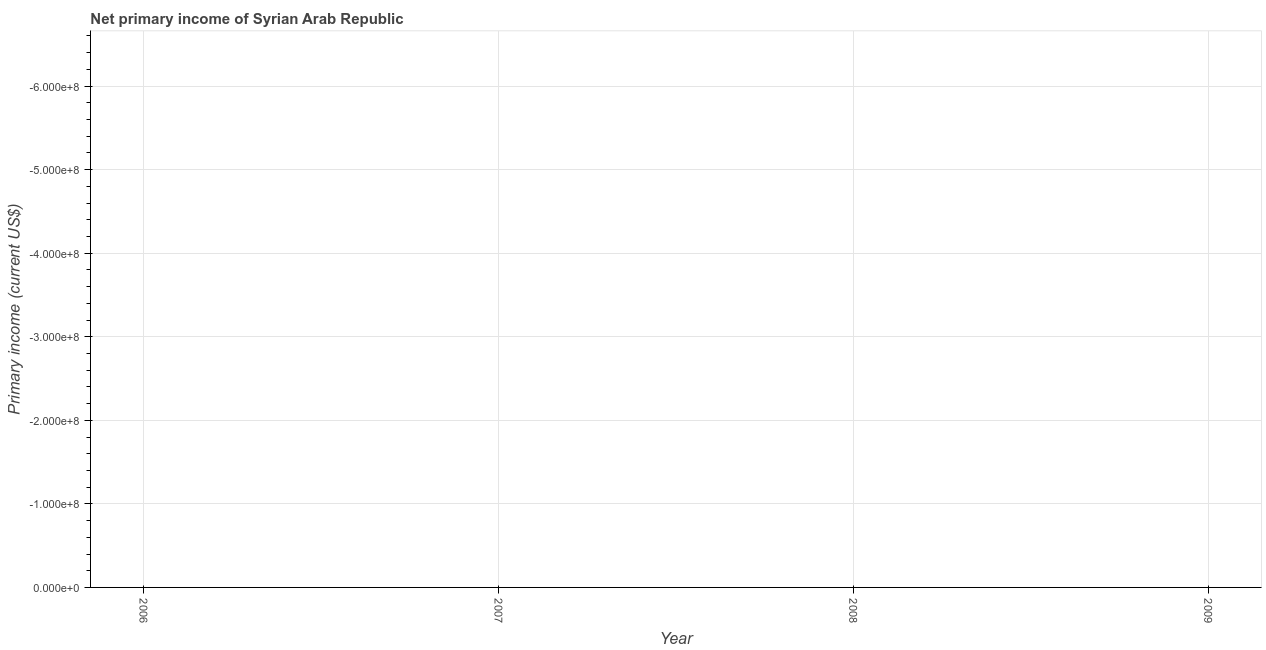
| Year | Net primary income |
 | --- | --- |
 | 2006 | -9.35e+08 |
 | 2007 | -6.89e+08 |
 | 2008 | -1.15e+09 |
 | 2009 | -1.11e+09 |